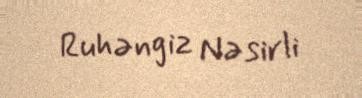
Ruhəngiz Nəsirli